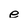
Character: e